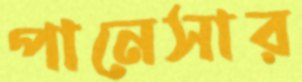
পানেসার